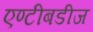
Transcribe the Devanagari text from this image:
एण्टीबडीज